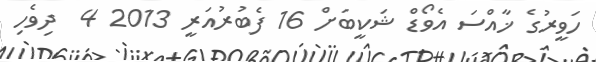
ހަވީރުގެ ޚާއްސަ އެވޯޑް ޝަކީބަށް 16 ފެބުރުއަރީ 2013 4  ދިވެހި